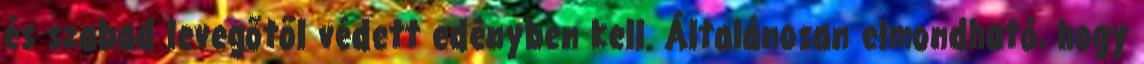
és szabad levegőtől védett edényben kell. Általánosan elmondható, hogy